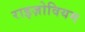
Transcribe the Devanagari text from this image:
राइज़ोवियम